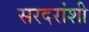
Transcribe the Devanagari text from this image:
सरदरांशी